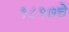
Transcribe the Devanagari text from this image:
१८९७चे